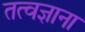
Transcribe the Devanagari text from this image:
तत्वज्ञाना